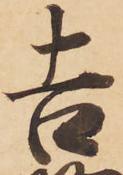
吉